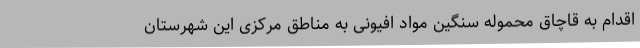
اقدام به قاچاق محموله سنگین مواد افیونی به مناطق مرکزی این شهرستان